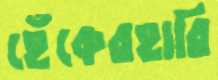
হেঁকেরহারি